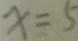
x = 5